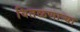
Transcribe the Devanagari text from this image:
वितळणार्‍या